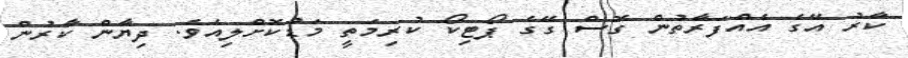
ކާރު އޭގެ އެއްފަރާތުން ގޮސް ގޭގެ ޕޯޓިކޯ ކުރިމަތީ މަޑުކޮށްލިއެވެ. ދިޔާން ކާރުން